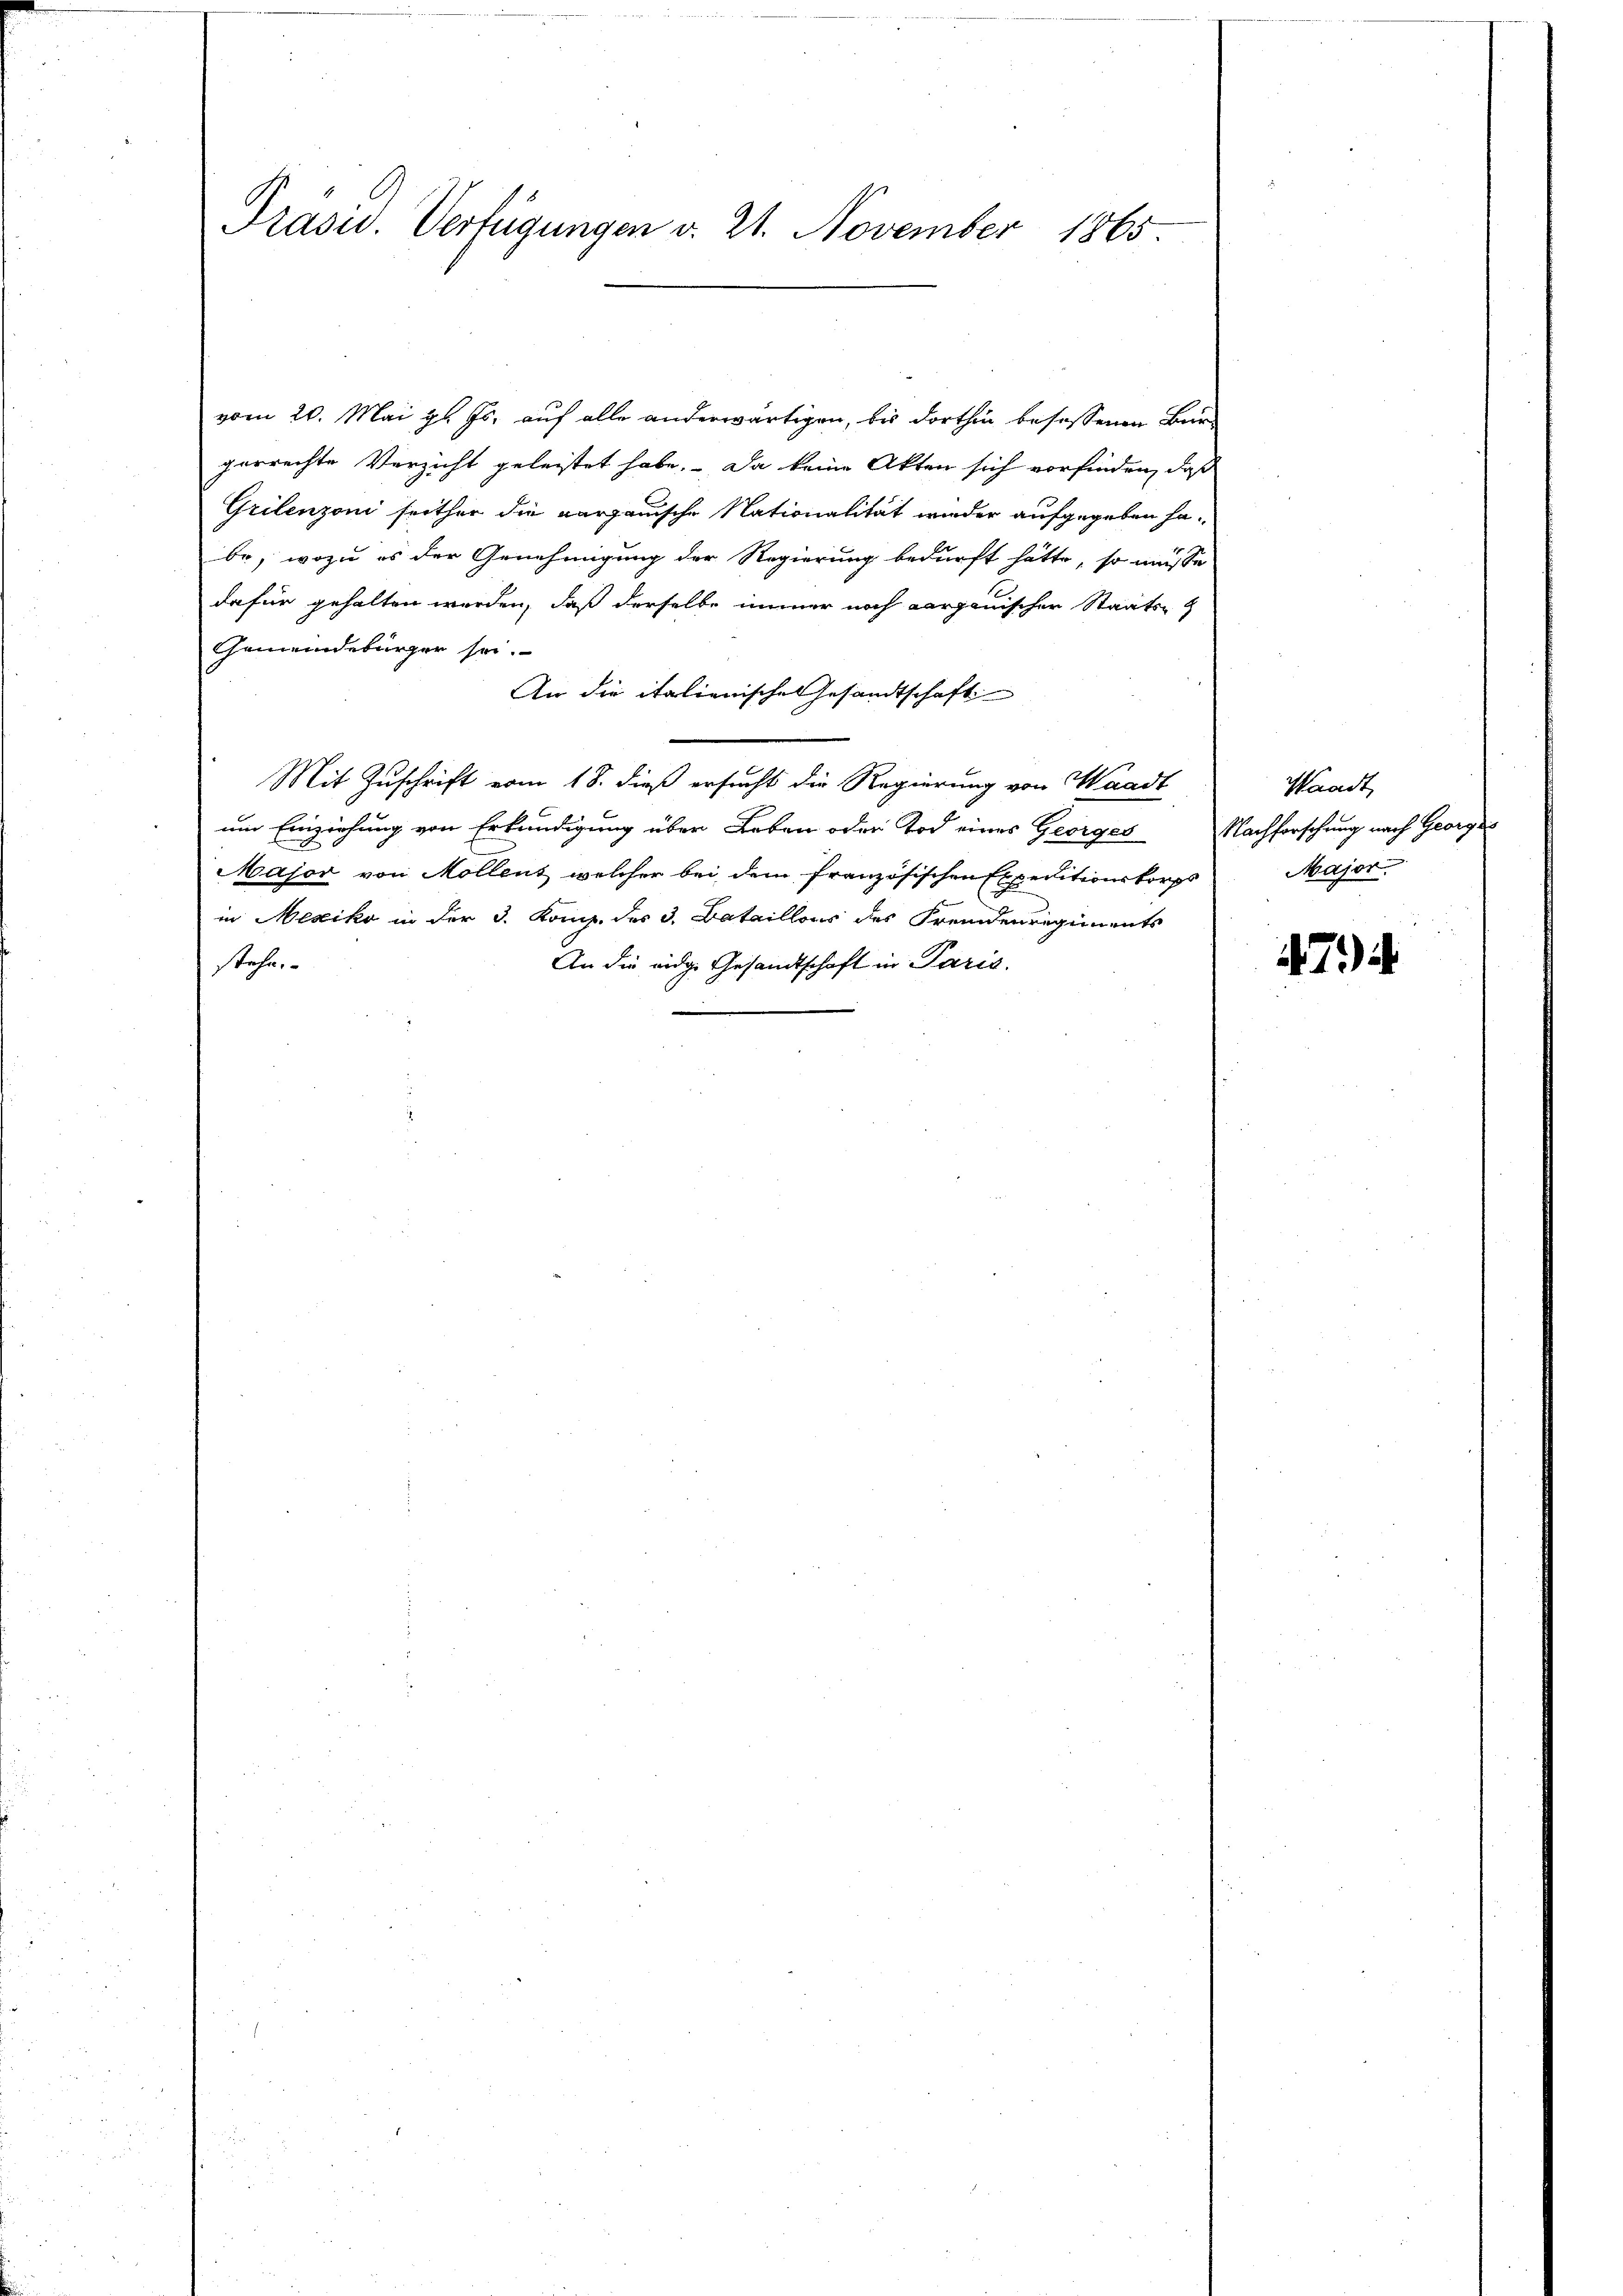
Prasis. Verfügungen v. 21. November 1865

vom 20. Mai l. Js. auf alle anderwärtigen, bis dorthin besassenen Bürgerrechte Verzicht geleistet habe. Da keine Akten sich vorfinden, daß
Grilenzoni seither die aargauische Nationalität wieder aufgegeben ha-
be, wozu es der Genehmigung der Regierung bedurft hätte, so müsse
dafür gehalten werden, daß derselbe immer noch Aargauischer Staats- &
Gemeindebürger sei.
An die italienischen Gesandtschaft
Mit Zuschrift vom 18. dieß ersucht die Regierung von Waadt
um Einziehung von Erkundigung über Leben oder Tod eines Georges Nachforschung nach Georges
Major von Mollens welcher bei dem französischen Expeditionskorps
in Mexiko in der 3. Komp. des 3. Bataillons des Fremdenregiments
An die eidge Gesandtschaft in Paris.
stehe.

Waadt,
Major

474